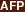
AFP